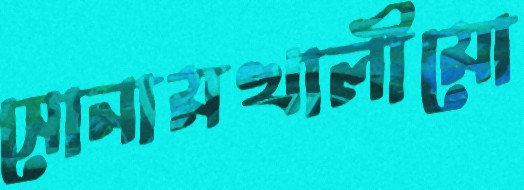
সোনামখালীমো